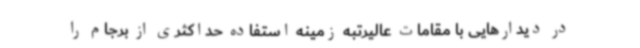
در دیدارهایی با مقامات عالیرتبه زمینه استفاده حداکثری از برجام را